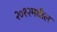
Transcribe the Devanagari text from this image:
२०१२मधील